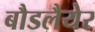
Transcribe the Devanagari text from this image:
बौडलैयेर